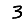
Digit: 3